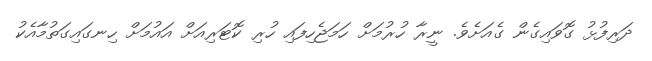
ދަރިފުޅު ގޮވައިގެން ގެއަށެވެ. ނީރާ ހުރުމަށް ހަމަޖެހިފައި ހުރި ކޮޓަރިއަށް އައުމަށް ހިނގައިގަތުމާއެކު